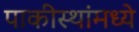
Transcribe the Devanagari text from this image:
पाकीस्थांमध्ये